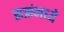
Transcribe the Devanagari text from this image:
सत्रांमध्ये